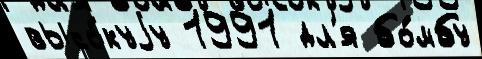
высо́куjу 1991 дл'я бо́мбу